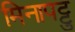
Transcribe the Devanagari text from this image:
मिनापट्टु